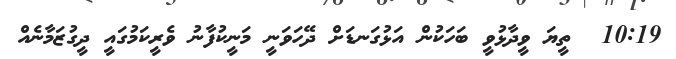
10:19  ތީޔަ ވީދާޅުވީ ބަހަކުން އަޅުގަނޑަށް ދޭހަވަނީ މަނީކުފާނު ވެރީކަމުގައީ ދީގުޒަމާނެއް